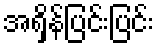
အရှိန်ပြင်းပြင်း